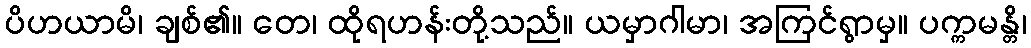
ပိဟယာမိ၊ ချစ်၏။ တေ၊ ထိုရဟန်းတို့သည်။ ယမှာဂါမာ၊ အကြင်ရွာမှ။ ပက္ကမန္တိ၊